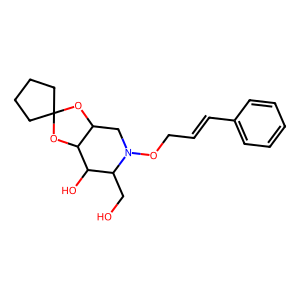
SMILES: OCC1C(O)C2OC3(CCCC3)OC2CN1OCC=Cc1ccccc1
Inhibits HIV replication: No